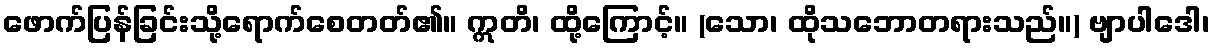
ဖောက်ပြန်ခြင်းသို့ရောက်စေတတ်၏။ ဣတိ၊ ထို့ကြောင့်။ (သော၊ ထိုသဘောတရားသည်။) ဗျာပါဒေါ၊